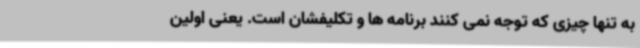
به تنها چیزی که توجه نمی کنند برنامه ها و تکلیفشان است. یعنی اولین